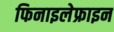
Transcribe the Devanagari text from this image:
फिनाइलेफ्राइन